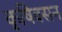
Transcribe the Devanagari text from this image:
कृषिवसन